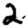
Digit: 2